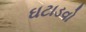
ઘટાડવો